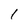
Character: l